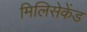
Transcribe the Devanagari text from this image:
मिलिसेकेंड